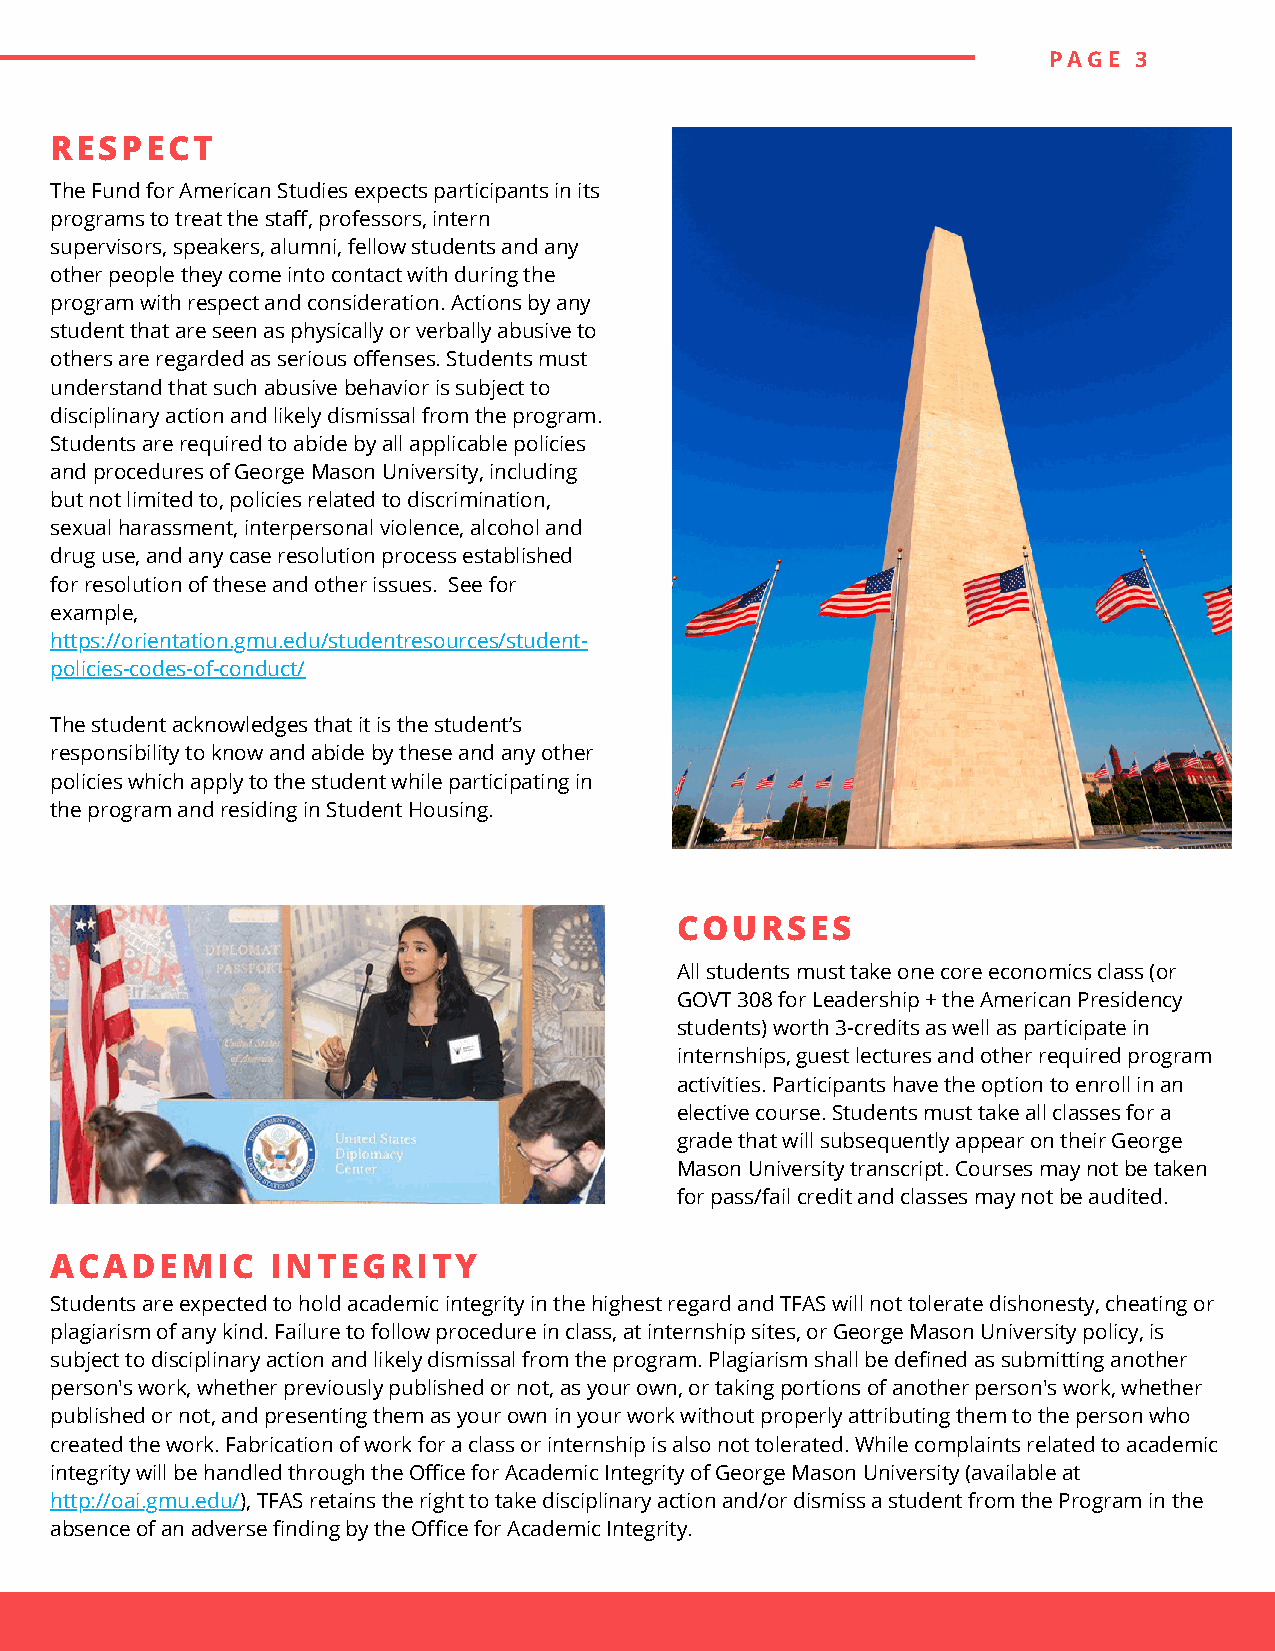
PAGE  3
 RESPECT
 The Fund for American Studies expects participants in its
 programs to treat the staff, professors, intern
 supervisors, speakers, alumni, fellow students and any
 other people they come into contact with during the
 program with respect and consideration. Actions by any
 student that are seen as physically or verbally abusive to
 others are regarded as serious offenses. Students must
 understand that such abusive behavior is subject to
 disciplinary action and likely dismissal from the program.
 Students are required to abide by all applicable policies
 and procedures of George Mason University, including
 but not limited to, policies related to discrimination,
 sexual harassment, interpersonal violence, alcohol and
 drug use, and any case resolution process established
 for resolution of these and other issues. See for
 example,
 https://orientation.gmu.edu/studentresources/student-
 policies-codes-of-conduct/
 The student acknowledges that it is the student’s
 responsibility to know and abide by these and any other
 policies which apply to the student while participating in
 the program and residing in Student Housing.
 COURSES
 All students must take one core economics class (or
 GOVT 308 for Leadership + the American Presidency
 students) worth 3-credits as well as participate in
 internships, guest lectures and other required program
 activities. Participants have the option to enroll in an
 elective course. Students must take all classes for a
 grade that will subsequently appear on their George
 Mason University transcript. Courses may not be taken
 for pass/fail credit and classes may not be audited.
 ACADEMIC       INTEGRITY
 Students are expected to hold academic integrity in the highest regard and TFAS will not tolerate dishonesty, cheating or
 plagiarism of any kind. Failure to follow procedure in class, at internship sites, or George Mason University policy, is
 subject to disciplinary action and likely dismissal from the program. Plagiarism shall be defined as submitting another
 person's work, whether previously published or not, as your own, or taking portions of another person's work, whether
 published or not, and presenting them as your own in your work without properly attributing them to the person who
 created the work. Fabrication of work for a class or internship is also not tolerated. While complaints related to academic
 integrity will be handled through the Office for Academic Integrity of George Mason University (available at
 http://oai.gmu.edu/), TFAS retains the right to take disciplinary action and/or dismiss a student from the Program in the
 absence of an adverse finding by the Office for Academic Integrity.